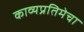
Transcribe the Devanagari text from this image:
काव्यप्रतिमेचा